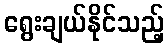
ရွေးချယ်နိုင်သည့်